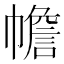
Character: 幨